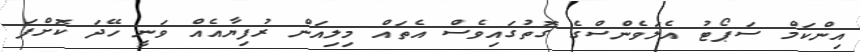
އިންކަމް ސަޕޯޓު އެލަވެންސްގެ ގޮތުގައިވެސް އެތައް މިލިއަން ރުފިޔާއެއް ވަނީ ހޭދަ ކޮށްފަ